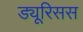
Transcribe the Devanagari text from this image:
ड्यूरिसस